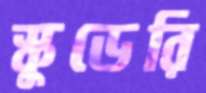
স্কুডেরি